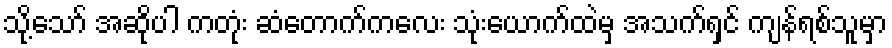
သို့သော် အဆိုပါ ကတုံး ဆံတောက်ကလေး သုံးယောက်ထဲမှ အသက်ရှင် ကျန်ရစ်သူမှာ